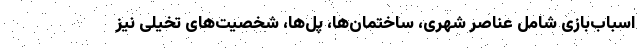
اسباب‌بازی شامل عناصر شهری،‌ ساختمان‌ها، پل‌ها، شخصیت‌های تخیلی نیز